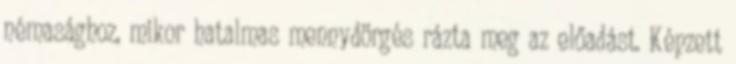
némasághoz, mikor hatalmas mennydörgés rázta meg az előadást. Képzett